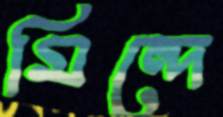
মিন্দে